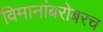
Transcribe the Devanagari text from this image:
विमानांबरोबरच